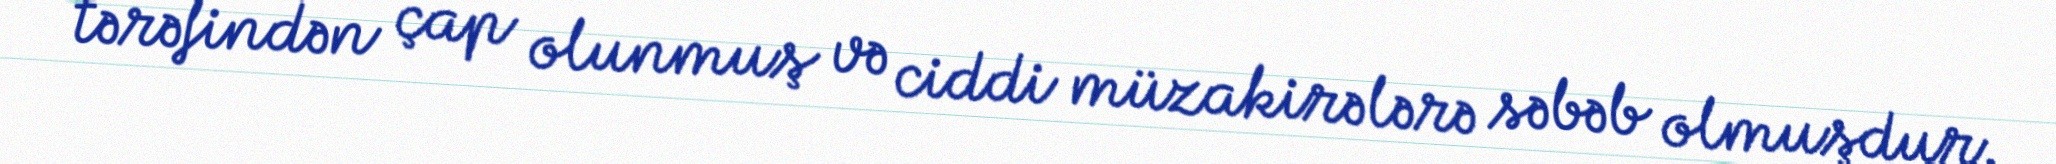
tərəfindən çap olunmuş və ciddi müzakirələrə səbəb olmuşdur.